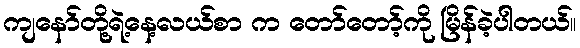
ကျနော်တို့ရဲ့နေ့လယ်စာ က တော်တော့်ကို မြိန်ခဲ့ပါတယ်။